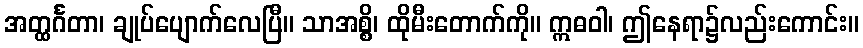
အတ္ထင်္ဂတာ၊ ချုပ်ပျောက်လေပြီ။ သာအစ္စိ၊ ထိုမီးတောက်ကို။ ဣဓဝါ၊ ဤနေရာ၌လည်းကောင်း။